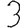
Digit: 3